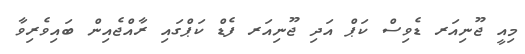
މިއީ ޖޫނިއަރ ޑެވިސް ކަޕް އަދި ޖޫނިއަރ ފެޑް ކަޕްގައި ރާއްޖެއިން ބައިވެރިވާ